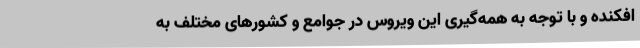
افکنده و با توجه به همه‌گیری این ویروس در جوامع و کشورهای مختلف به